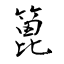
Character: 篦